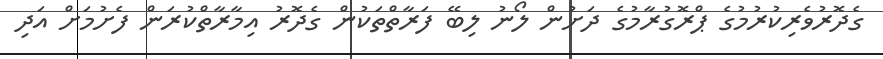
ގެދޮރުވެރިކުރުމުގެ ޕްރޮގުރާމުގެ ދަށުން ލޯނު ލިބޭ ފަރާތްތަކުން ގެދޮރު އިމާރާތްކުރަން ފެށުމަށް އަދި